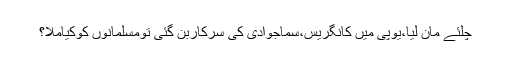
چلئے مان لیا،یوپی میں کانگریس،سماجوادی کی سرکاربن گئی تومسلمانوں کوکیاملا؟